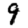
Digit: 9